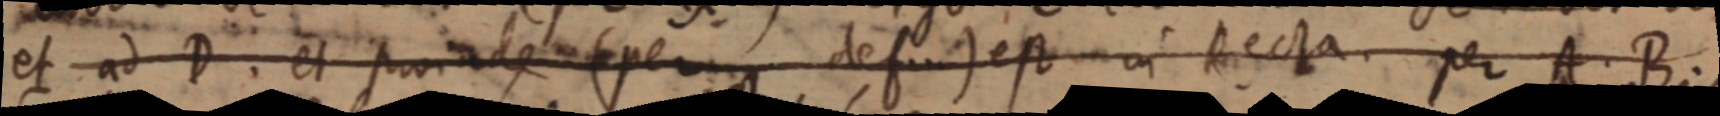
et ad D. et pro inde (penum defin) est in Recta per A. B.